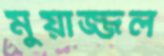
মুয়াজ্জল